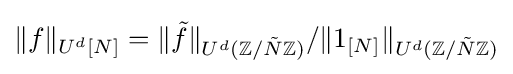
\Vert f\Vert _{U^{d}[N]}=\Vert {\tilde {f}}\Vert _{U^{d}(\mathbb {Z} /{\tilde {N}}\mathbb {Z} )}/\Vert 1_{[N]}\Vert _{U^{d}(\mathbb {Z} /{\tilde {N}}\mathbb {Z} )}